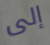
إلى